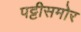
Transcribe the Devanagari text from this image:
पट्टीसमोर